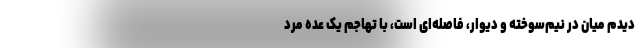
دیدم میان در نیم‌سوخته و دیوار، فاصله‌ای است، با تهاجم یک عده مرد